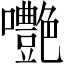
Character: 𡅩